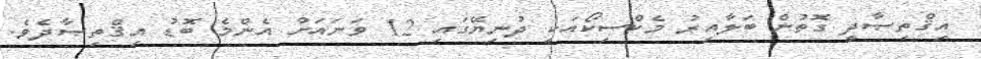
އިޤްތިޞާދީ ގޮތުން ބަލާއިރު މެކްސިކޯއަކީ ދުނިޔޭގައި 12 ވަނައަށް އެންމެ ބޮޑު އިޤްތިޞާދެވެ.